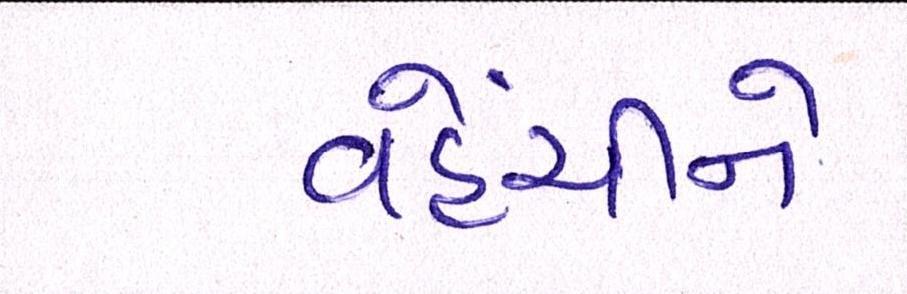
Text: વહેંચીને